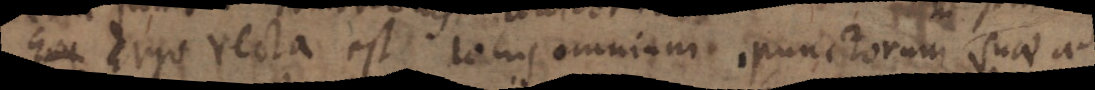
Erg Ergo recta est totus omnium punctorum suae ad